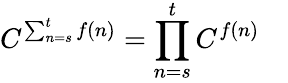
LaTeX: C^{\sum_{n=s}^{t}f(n)}=\prod_{n=s}^{t}C^{f(n)}\quad